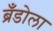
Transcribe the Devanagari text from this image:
ब्रँडोला